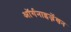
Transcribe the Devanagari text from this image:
ऑर्गनाइज़ेंशन